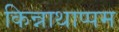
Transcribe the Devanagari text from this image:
किन्नाथाप्पम